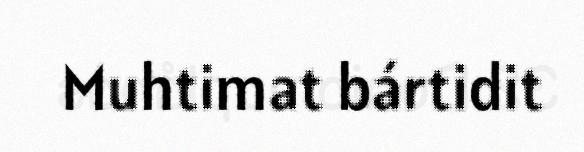
Muhtimat bártidit